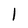
Character: I